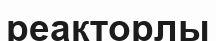
реакторлы